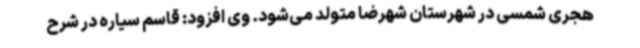
هجری شمسی در شهرستان شهرضا متولد می‌شود. وی افزود: قاسم سیاره در شرح